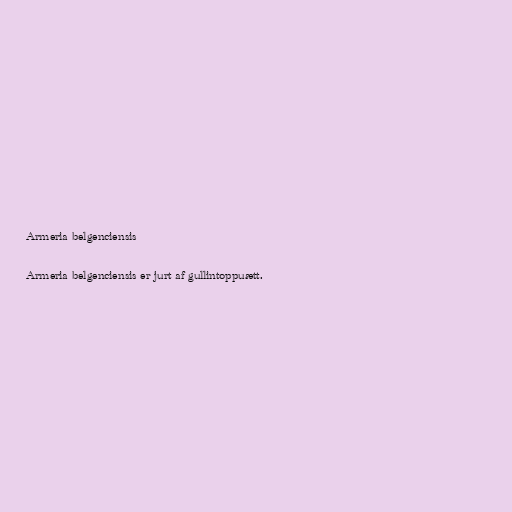
Armeria belgenciensis

Armeria belgenciensis er jurt af gullintoppuætt.